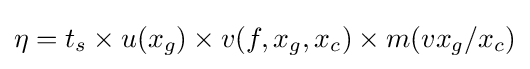
\eta =t_{s}\times u(x_{g})\times v(f,x_{g},x_{c})\times m(vx_{g}/x_{c})